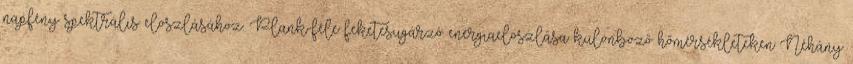
napfény spektrális eloszlásához. Plank-féle feketesugárzó energiaeloszlása különböző hőmérsékleteken Néhány